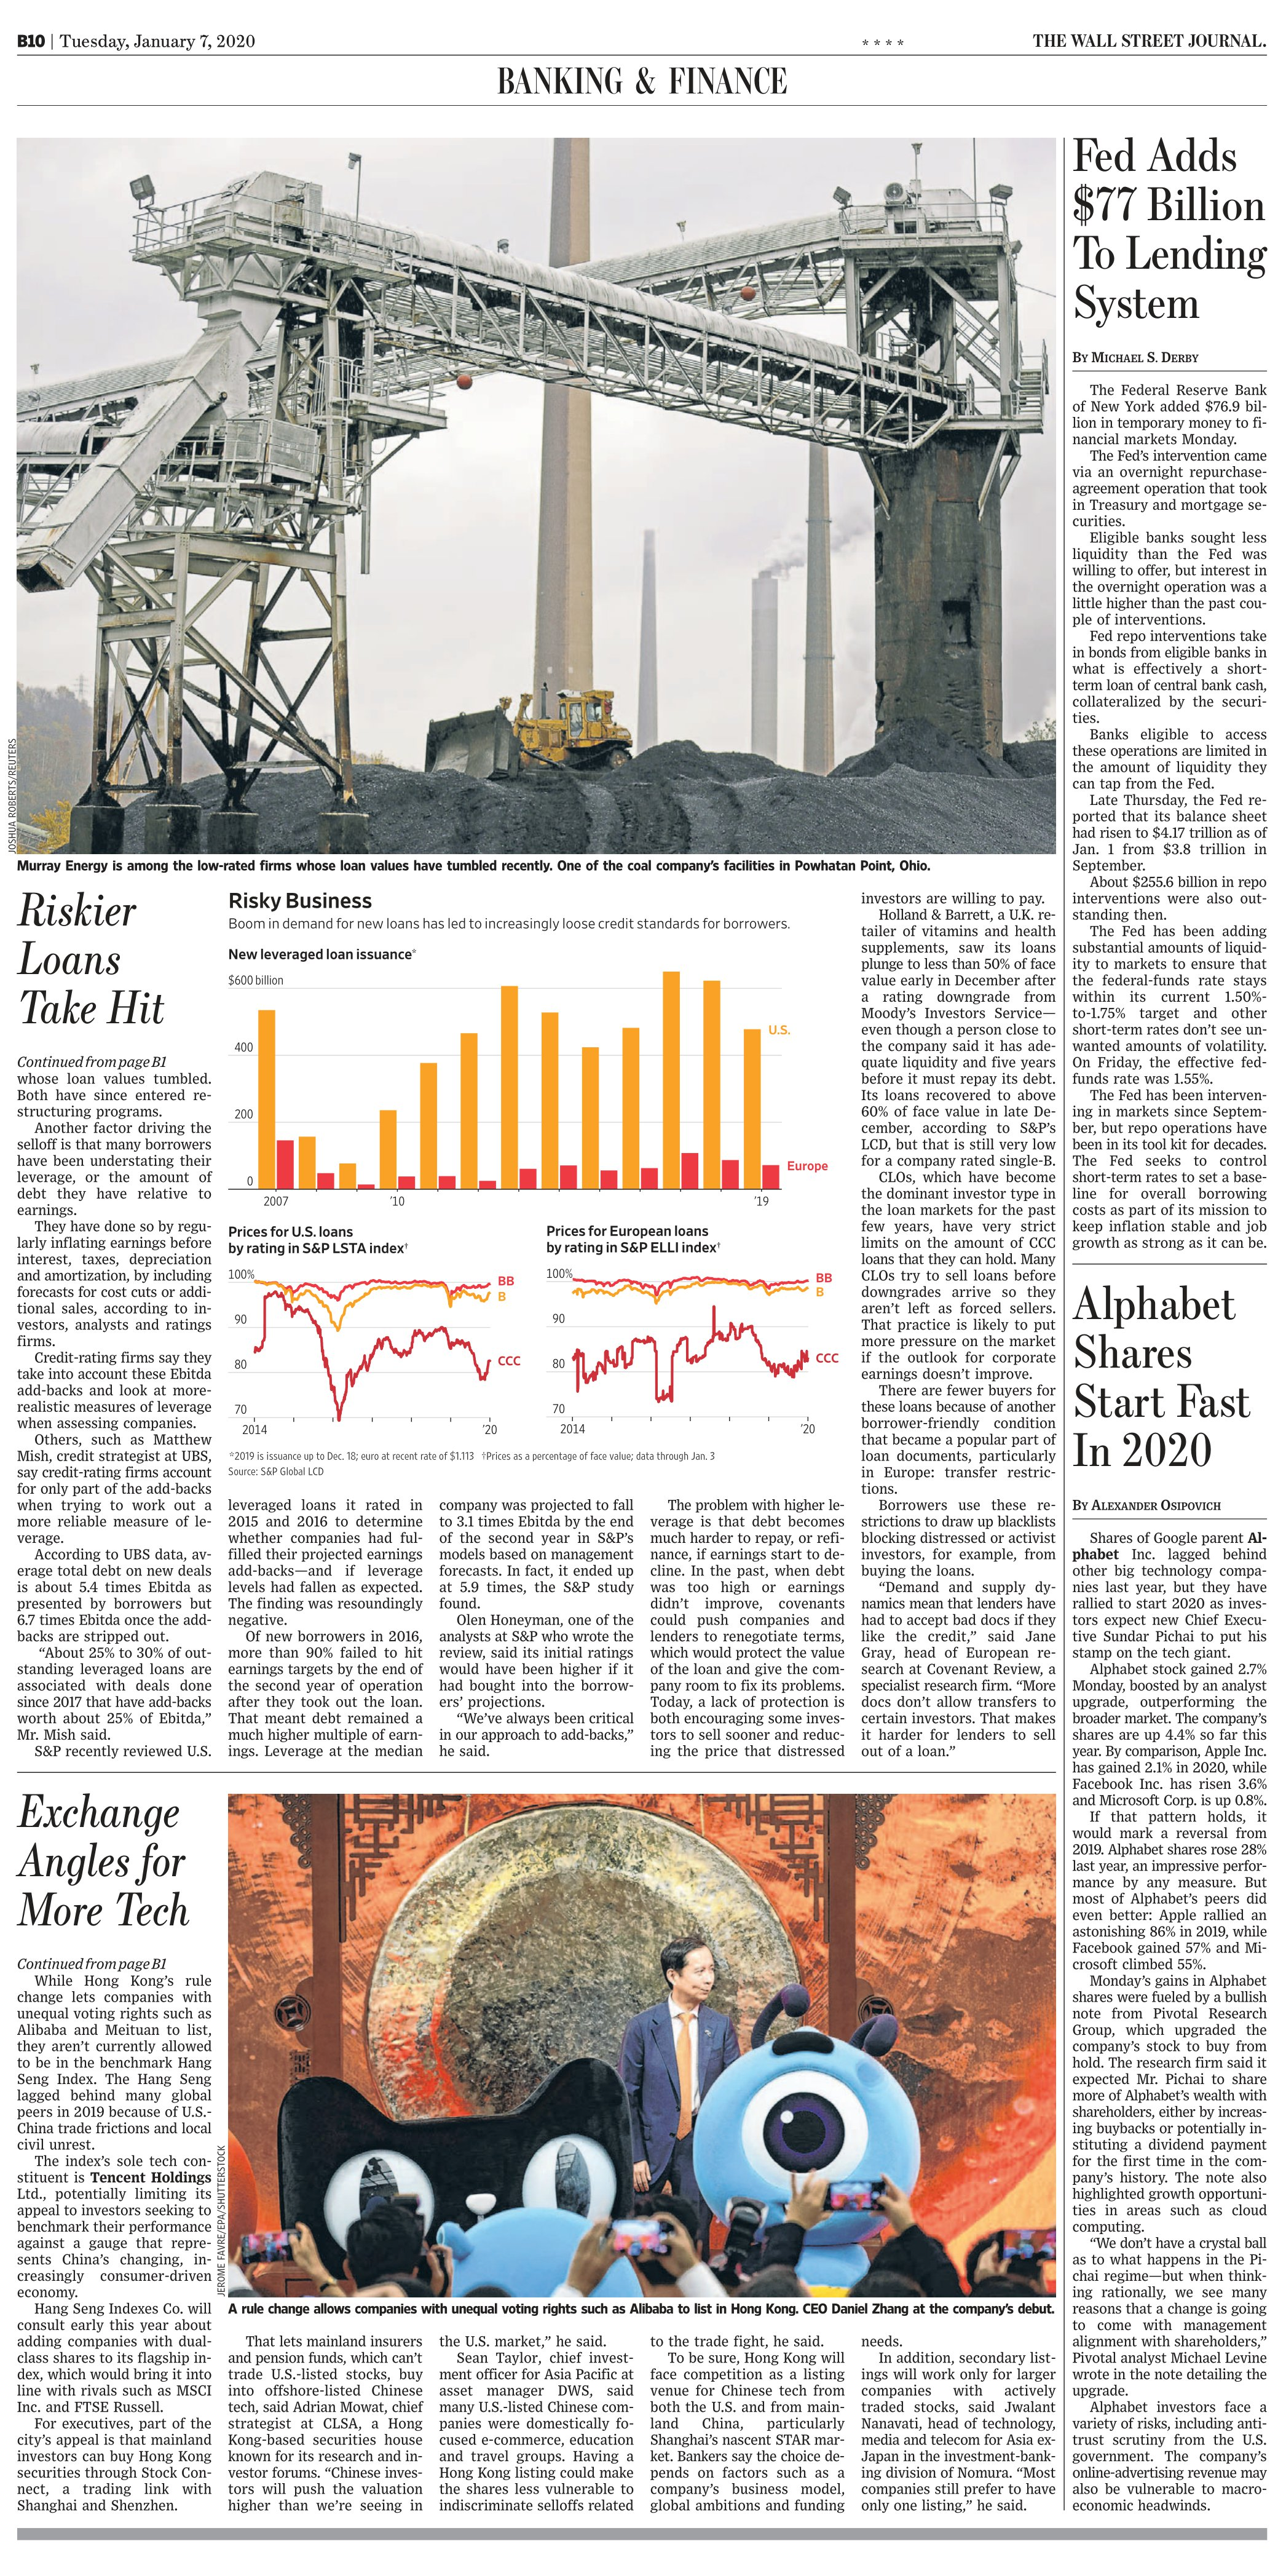
Language: en